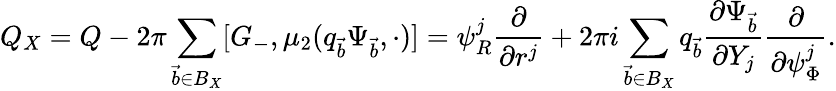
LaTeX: Q_{X}=Q-2\pi\sum_{\vec{b}\in B_{X}}[G_{-},\mu_{2}(q_{\vec{b}}\Psi_{\vec{b}},\cdot)]=\psi_{R}^{j}\frac{\partial}{\partial r^{j}}+2\pi i\sum_{\vec{b}\in B_{X}}q_{\vec{b}}\frac{\partial\Psi_{\vec{b}}}{\partial Y_{j}}\frac{\partial}{\partial\psi_{\Phi}^{j}}.